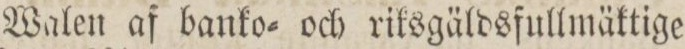
Walen af banko= och riksgäldsfullmäktige